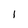
Character: 1